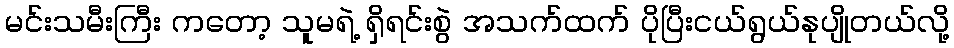
မင်းသမီးကြီး ကတော့ သူမရဲ့ ရှိရင်းစွဲ အသက်ထက် ပိုပြီးငယ်ရွယ်နုပျိုတယ်လို့